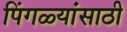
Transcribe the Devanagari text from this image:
पिंगळ्यांसाठी